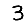
Digit: 3